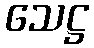
သေဋ္ဌ